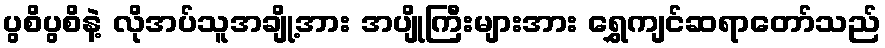
ပွစိပွစိနဲ့ လိုအပ်သူအချို့အား အပျိုကြီးများအား ရွှေကျင်ဆရာတော်သည်